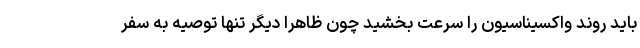
باید روند واکسیناسیون را سرعت بخشید چون ظاهرا دیگر تنها توصیه به سفر